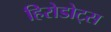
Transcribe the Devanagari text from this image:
हिरोडोट्स